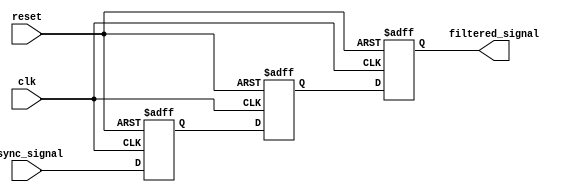
module meta_stability_filter (
    input wire clk,            // Clock signal of the receiving clock domain
    input wire async_signal,   // Asynchronous input signal
    input wire reset,          // Reset signal
    output reg filtered_signal  // Synchronized output signal
);

    // Internal signals for the dual flip-flop synchronizer
    reg ff1, ff2;

    // Dual Flip-Flop Synchronizer
    always @(posedge clk or posedge reset) begin
        if (reset) begin
            ff1 <= 1'b0;       // Reset the first flip-flop
            ff2 <= 1'b0;       // Reset the second flip-flop
            filtered_signal <= 1'b0; // Reset output signal
        end else begin
            ff1 <= async_signal; // Sample the asynchronous input signal
            ff2 <= ff1;           // Sample the output of the first flip-flop
            filtered_signal <= ff2; // Output the synchronized signal
        end
    end

endmodule